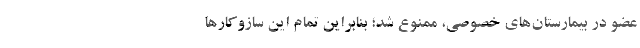
عضو در بیمارستان‌های خصوصی، ممنوع شد؛ بنابراین تمام این ساز‌و‌کار‌ها